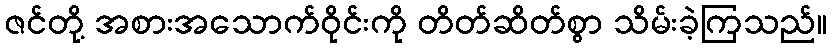
ဇင်တို့ အစားအသောက်ဝိုင်းကို တိတ်ဆိတ်စွာ သိမ်းခဲ့ကြသည်။